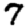
Digit: 7